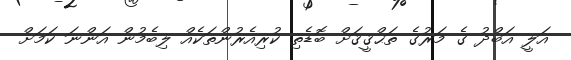
އަލީ އަބްދު ގެ މަރުގެ ތަޙްޤީޤަށް ބޮޑެތި ކުރިއެރުންތަކެއް ލިބެމުން އަންނަ ކަމަށް